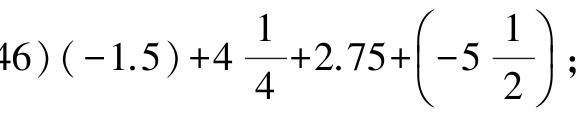
\(46)( - 1.5)+4\frac{1}{4}+2.75+\left(-5\frac{1}{2}\right);\)